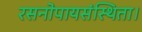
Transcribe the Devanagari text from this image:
रसनोपायसंस्थिता।